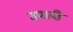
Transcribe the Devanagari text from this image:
उपादी